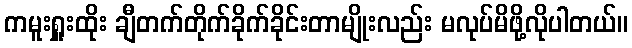
ကမူးရှူးထိုး ချီတက်တိုက်ခိုက်ခိုင်းတာမျိုးလည်း မလုပ်မိဖို့လိုပါတယ်။